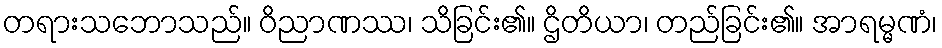
တရားသဘောသည်။ ဝိညာဏဿ၊ သိခြင်း၏။ ဌိတိယာ၊ တည်ခြင်း၏။ အာရမ္မဏံ၊